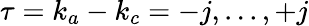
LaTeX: \tau=k_{a}-k_{c}=-j,...,+j